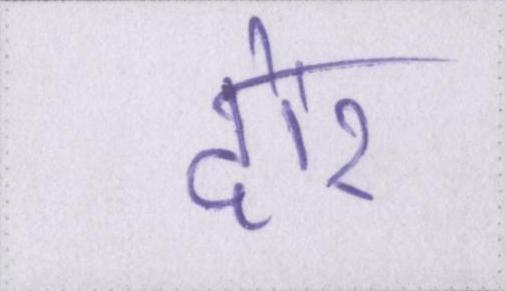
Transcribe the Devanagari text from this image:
दौर